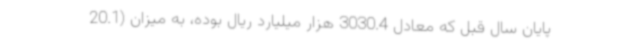
پایان سال قبل که معادل 3030.4 هزار میلیارد ریال بوده، به میزان (20.1